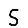
Digit: 5